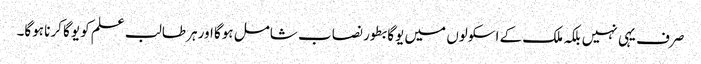
صرف یہی نہیں بلکہ ملک کے اسکولوں میں یوگا بطور نصاب شامل ہوگا اورہر طالب علم کو یوگا کرنا ہوگا۔